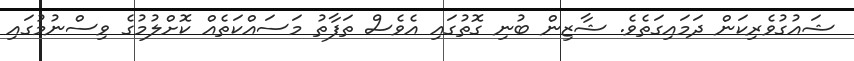
ޝައުގުވެރިކަން ދަމައިގަތެވެ. ޝާޒިން ބުނި ގޮތުގައި އެވެސް ތަފާތު މަސައްކަތެއް ކޮށްލުމުގެ ވިސްނުމުގައި